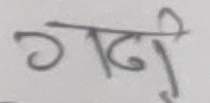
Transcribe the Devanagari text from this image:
गढी